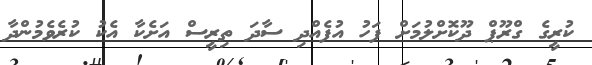
ކުރީގެ ގްރޫޕް ދޫކޮށްލުމަށް ފަހު އުފެއްދި ސާދަ ތިރީސް އަށެކާ އެކު ކުރެވެމުންދާ